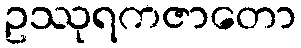
ဥဿုရကဇာတော